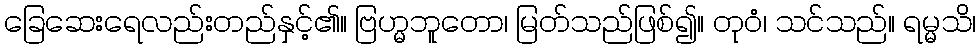
ခြေဆေးရေလည်းတည်နှင့်၏။ ဗြဟ္မဘူတော၊ မြတ်သည်ဖြစ်၍။ တုဝံ၊ သင်သည်။ ရမ္မသိ၊